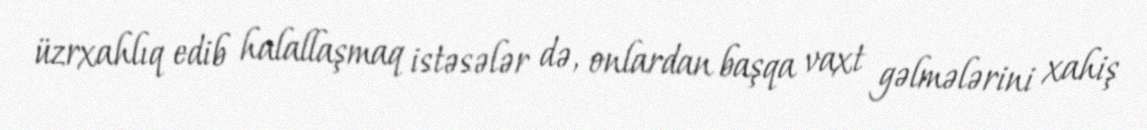
üzrxahlıq edib halallaşmaq istəsələr də, onlardan başqa vaxt gəlmələrini xahiş